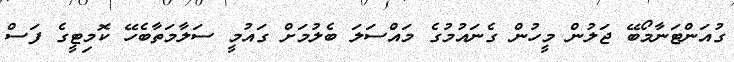
ގުއަންޓަނާމޯބޭ ޖަލުން މީހުން ގެނައުމުގެ މައްސަލަ ބެލުމަށް ގައުމީ ސަލާމަތާބެހޭ ކޮމިޓީގެ ފަސް